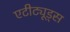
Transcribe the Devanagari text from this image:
एटीट्यूड्स